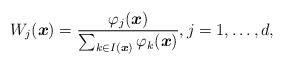
LaTeX: \begin{align*}W_j(\boldsymbol{x}) = \frac{\varphi_j(\boldsymbol{x})}{\sum_{k\in I(\boldsymbol{x})} \varphi_k(\boldsymbol{x})}, j=1,\ldots,d,\end{align*}